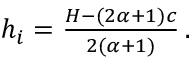
\begin{array} { r } { h _ { i } = \frac { H - ( 2 \alpha + 1 ) c } { 2 ( \alpha + 1 ) } \, . } \end{array}